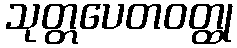
သုတ္တပေတဝတ္ထု